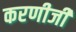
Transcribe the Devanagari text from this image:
करणीजी